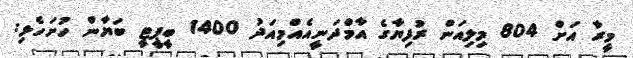
މީރާ އަށް 804 މިލިއަން ރުފިޔާގެ އާމްދަނީއެއްމިއަދު 1400 ބީޕީޓީ ބަޔާން ހުށަހެޅި: